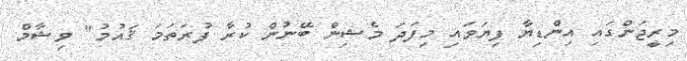
މިރީޖަންގައި އިންޑިޔާ ފިޔަވައި މިފަދަ މެޝިން ބޭނުން ކުރާ ފުރަތަމަ ޤައުމު" ވިޝާމް